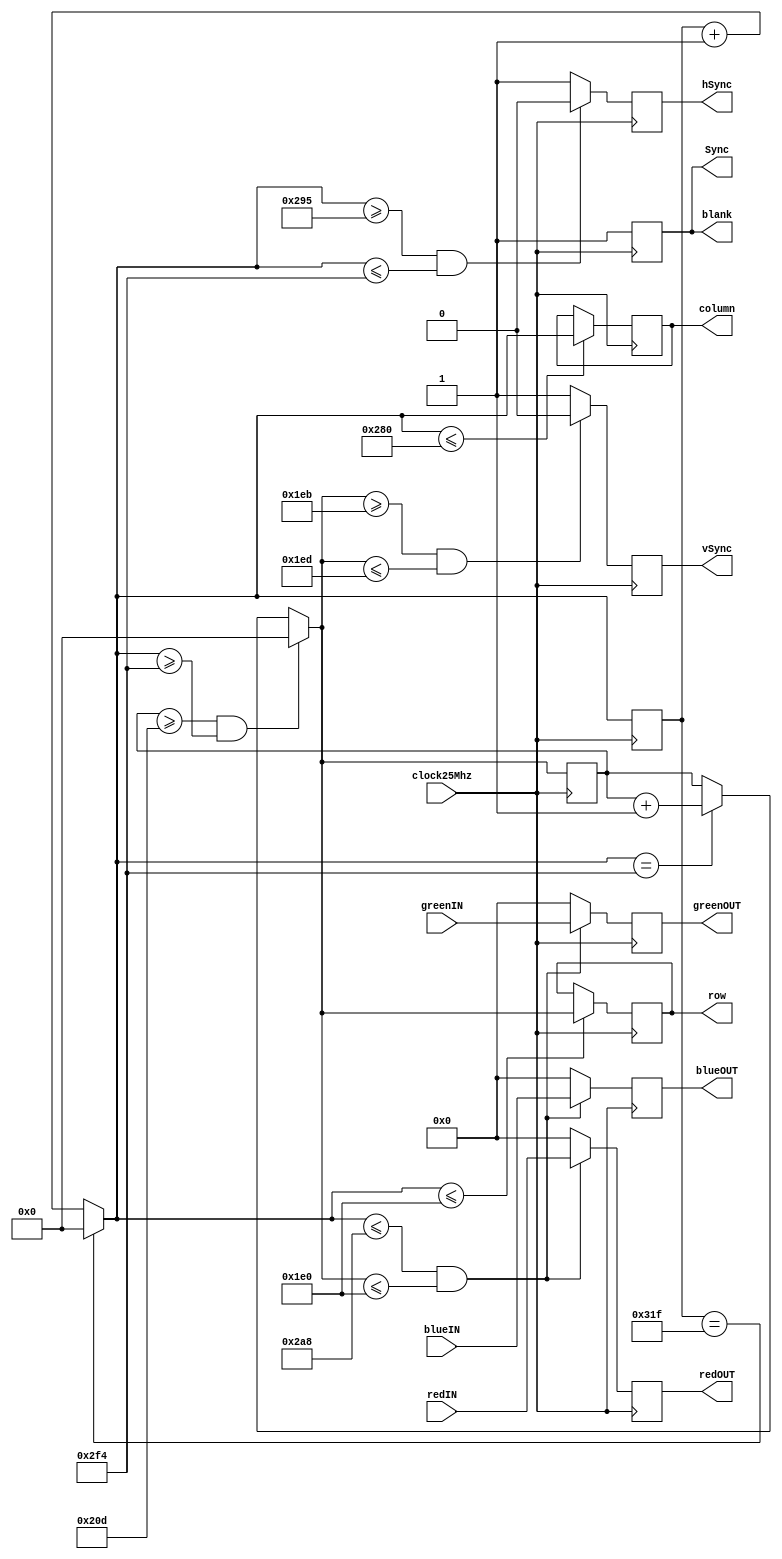
`timescale 1ns / 1ps
//////////////////////////////////////////////////////////////////////////////////
// Company: 
// Engineer: 
// 
// Design Name: 
// Module Name:    vga_controller 
// Project Name: 
// Target Devices: 
// Tool versions: 
// Description: 
//
// Dependencies: 
//
// Revision: 
// Revision 0.01 - File Created
// Additional Comments: 
//
//////////////////////////////////////////////////////////////////////////////////
module vga_controller(redIN, greenIN, blueIN, clock25Mhz, vSync, hSync, Sync, blank, redOUT, greenOUT, blueOUT, column, row);

input clock25Mhz;
input[7:0] redIN,greenIN,blueIN;

output[7:0] redOUT,greenOUT,blueOUT;
output vSync,hSync,Sync,blank;
output[9:0] column,row;
reg[9:0] column= 10'b0000000000,row= 10'b0000000000;
reg[7:0] redOUT=8'b00000000,greenOUT=8'b00000000,blueOUT=8'b00000000;
reg vSync=0,hSync=0,Sync=1,blank=1;
reg [9:0] Hcount= 10'b0000000000, Vcount= 10'b0000000000;


always@(negedge clock25Mhz)
begin	
	
	if (Hcount == 799) 
		begin
			Hcount = 10'b0000000000;
		end
	else 
		begin
			Hcount = Hcount + 1;
		end
		
	if (Hcount >= 661 && Hcount <= 756) 
		hSync = 0;
	else 
		hSync = 1;
		
	if (Vcount >= 525 && Hcount >= 756) 
		begin
			Vcount = 10'b0000000000;
		end
	else if (Hcount == 756) 
		begin
			Vcount = Vcount + 1;
		end
		
	if (Vcount >= 491 && Vcount <= 493)
		vSync = 0;
	else 
		vSync = 1;
		
	if(Hcount <= 640)
		column = Hcount;
	
	if(Hcount <= 480)
		row = Vcount;

	if (Hcount <= 680 && Vcount <= 480) 
		begin
			redOUT = redIN;
			blueOUT = blueIN;
			greenOUT = greenIN;
		end
	else
		begin
			redOUT=8'b00000000;
			greenOUT=8'b00000000;
			blueOUT=8'b00000000;
		end
	blank = 1;
	Sync = 1;

end



endmodule